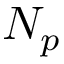
N _ { p }